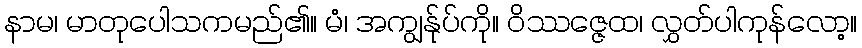
နာမ၊ မာတုပေါသကမည်၏။ မံ၊ အကျွန်ုပ်ကို။ ဝိဿဇ္ဇေထ၊ လွှတ်ပါကုန်လော့။